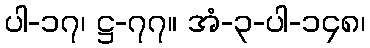
ပါ-၁၇၊ ဋ္ဌ-၇၇။ အံ-၃-ပါ-၁၄၈၊